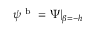
\psi ^ { \mathrm { ~ b ~ } } = \Psi \vert _ { \beta = - h }